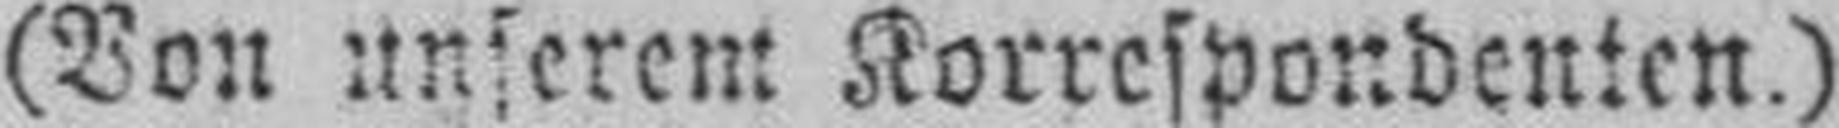
(Von Unserent Korrespondenten.)